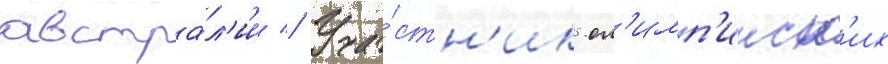
австра́л'ии // Уча́стн'ик ол'имп'ииск'их